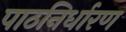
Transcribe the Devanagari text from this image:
पाठनिर्धारण